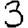
Digit: 3